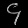
Digit: ၄